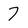
Character: 7